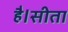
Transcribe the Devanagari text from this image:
है।सीता